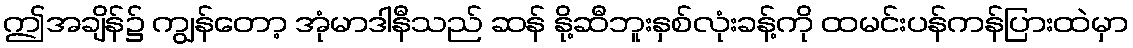
ဤအချိန်၌ ကျွန်တော့ အုံမာဒါနီသည် ဆန် နို့ဆီဘူးနှစ်လုံးခန့်ကို ထမင်းပန်ကန်ပြားထဲမှာ